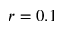
r = 0 . 1